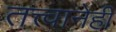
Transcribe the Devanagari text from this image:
तत्त्वानेही